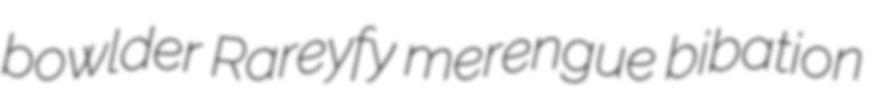
bowlder Rareyfy merengue bibation